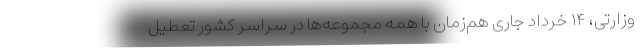
وزارتی، ۱۴ خرداد جاری هم‌زمان با همه مجموعه‌ها در سراسر کشور تعطیل